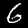
Label: 6